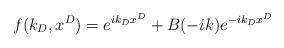
LaTeX: \begin{align*}f(k_D,x^{D})=e^{ik_{D}x^{D}}+B(-ik)e^{-ik_{D}x^{D}}\end{align*}